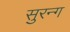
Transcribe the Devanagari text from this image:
सुरन्ग